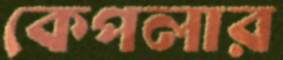
কেপলার